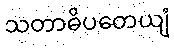
သတာဓိပတေယျံ